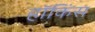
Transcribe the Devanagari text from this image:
हॉकिंस